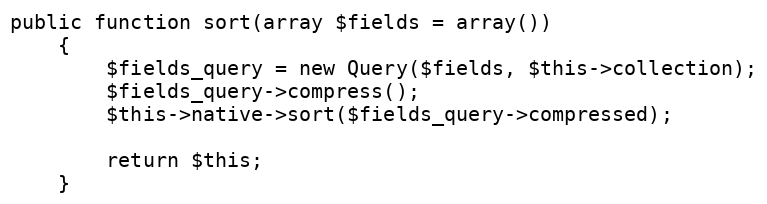
Language: PHP
public function sort(array $fields = array())
    {
        $fields_query = new Query($fields, $this->collection);
        $fields_query->compress();
        $this->native->sort($fields_query->compressed);

        return $this;
    }